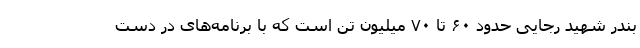
بندر شهید رجایی حدود ۶۰ تا ۷۰ میلیون تن است که با برنامه‌های در دست